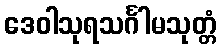
ဒေဝါသုရသင်္ဂါမသုတ္တံ